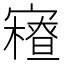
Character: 𡫝